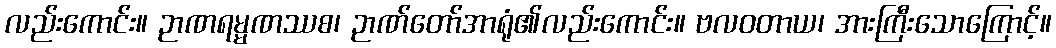
လည်းကောင်း။ ဉာဏရမ္မဏဿစ၊ ဉာဏ်တော်အာရုံ၏လည်းကောင်း။ ဗလဝတာယ၊ အားကြီးသောကြောင့်။